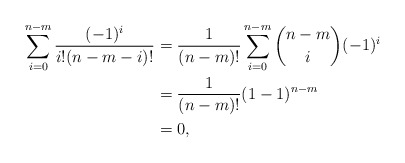
\begin{align*} \sum_{i=0}^{n-m}\frac{(-1)^i}{i!(n-m-i)!}&=\frac{1}{(n-m)!}\sum_{i=0}^{n-m}\binom{n-m}{i}(-1)^i\\&=\frac{1}{(n-m)!}(1-1)^{n-m}\\&=0,\end{align*}